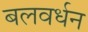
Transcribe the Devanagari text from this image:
बलवर्धन